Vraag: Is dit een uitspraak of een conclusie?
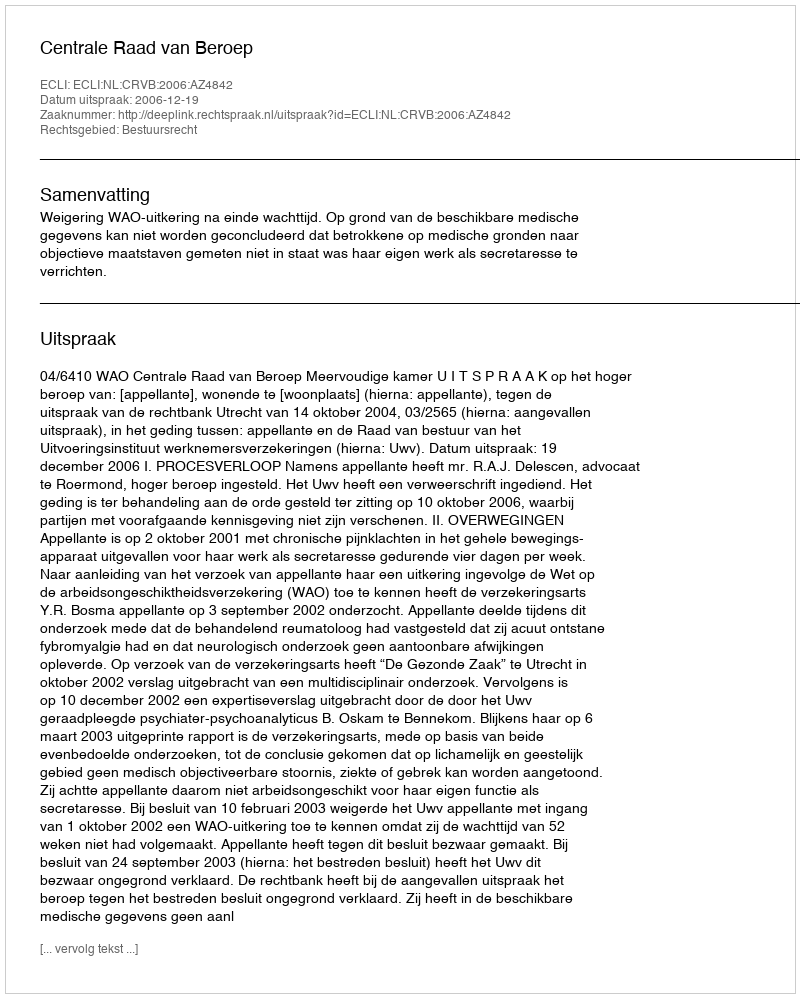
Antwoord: Uitspraak